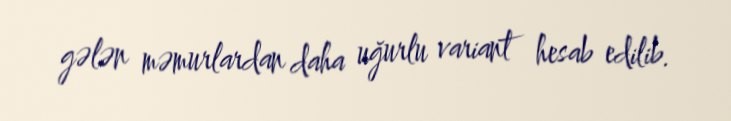
gələn məmurlardan daha uğurlu variant hesab edilib.